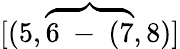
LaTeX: [(5,\overbrace{6\mathrm{~-~}(7},8)]